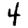
Digit: 4